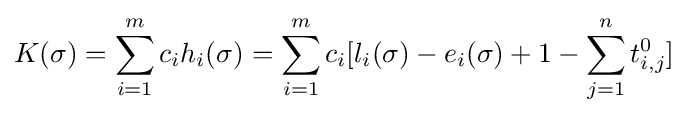
K(\sigma )=\sum _{i=1}^{m}c_{i}h_{i}(\sigma )=\sum _{i=1}^{m}c_{i}[l_{i}(\sigma )-e_{i}(\sigma )+1-\sum _{j=1}^{n}t_{i,j}^{0}]